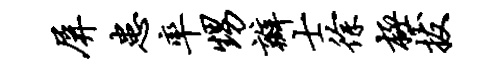
屏患率甥瓣士徐极拔